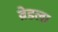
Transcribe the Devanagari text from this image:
व्रेडला